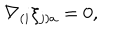
LaTeX: \nabla _ { ( i } \xi _ { j ) a } = 0 ,